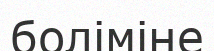
боліміне